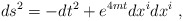
\begin{align*}ds^2 = -dt^2 + e^{4mt}dx^idx^i \ ,\end{align*}